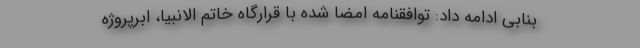
بنابی ادامه داد: توافقنامه امضا شده با قرارگاه خاتم الانبیا، ابرپروژه